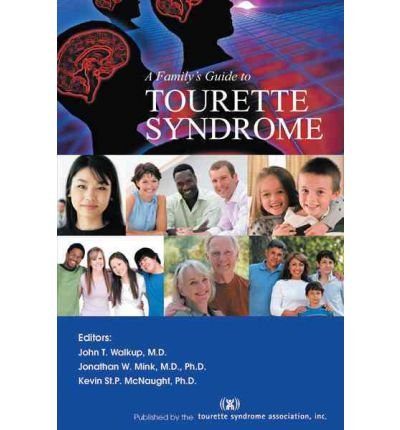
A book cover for [ [ [ A Family's Guide to Tourette Syndrome [ A FAMILY'S GUIDE TO TOURETTE SYNDROME ] By Walkup, Dr John T ( Author )Mar-07-2012 Paperback; Dr John T Walkup; Health, Fitness & Dieting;